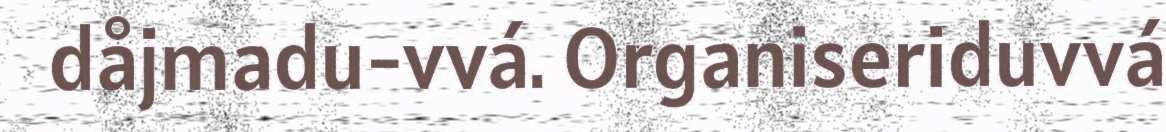
dåjmadu-vvá. Organiseriduvvá